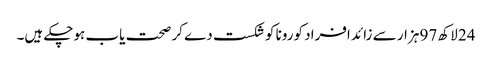
24 لاکھ 97 ہزار سے زائد افراد کورونا کو شکست دے کر صحت یاب ہوچکے ہیں۔